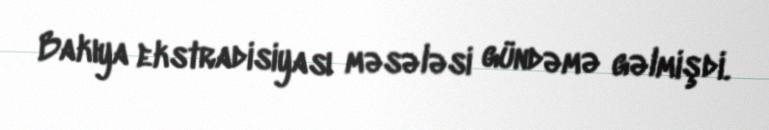
Bakıya ekstradisiyası məsələsi gündəmə gəlmişdi.